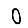
Digit: 0